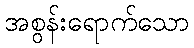
အစွန်းရောက်သော